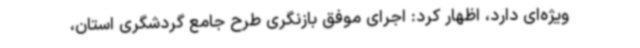
ویژه‌ای دارد، اظهار کرد: اجرای موفق بازنگری طرح جامع گردشگری استان،